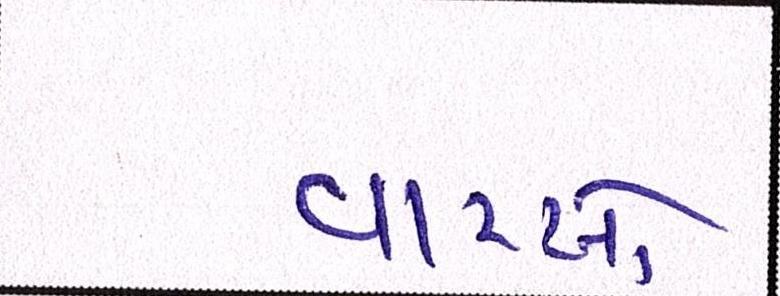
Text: વારસો